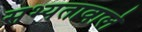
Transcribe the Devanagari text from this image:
सभ्यतावाले